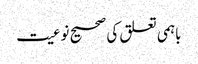
باہمی تعلق کی صحیح نوعیت